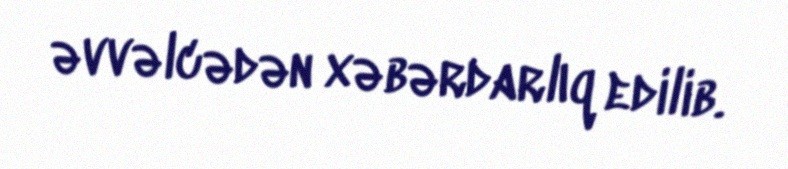
əvvəlcədən xəbərdarlıq edilib.